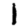
Digit: 1